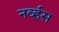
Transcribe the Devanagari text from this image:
नव्‍र्हस